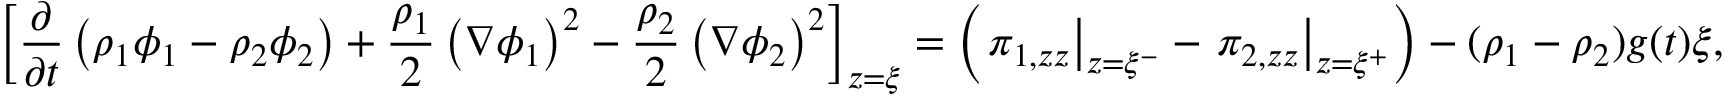
\left[ \frac { \partial } { \partial t } \left( \rho _ { 1 } \phi _ { 1 } - \rho _ { 2 } \phi _ { 2 } \right) + \frac { \rho _ { 1 } } { 2 } \left( \nabla \phi _ { 1 } \right) ^ { 2 } - \frac { \rho _ { 2 } } { 2 } \left( \nabla \phi _ { 2 } \right) ^ { 2 } \right] _ { z = \xi } = \left( \left. \pi _ { 1 , z z } \right| _ { z = \xi ^ { - } } - \left. \pi _ { 2 , z z } \right| _ { z = \xi ^ { + } } \right) - ( \rho _ { 1 } - \rho _ { 2 } ) g ( t ) \xi ,